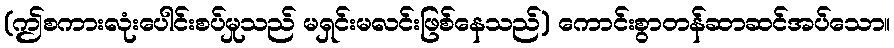
(ဤစကားလုံးပေါင်းစပ်မှုသည် မရှင်းမလင်းဖြစ်နေသည်) ကောင်းစွာတန်ဆာဆင်အပ်သော။